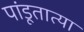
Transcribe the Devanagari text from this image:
पांडूतात्या